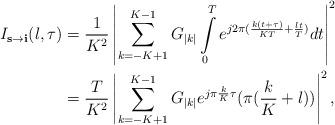
LaTeX: \begin{align*}I_{\textbf{s}\rightarrow\textbf{i}}(l,\tau) &= \frac{1}{K^2}\left|\sum\limits_{k=-K+1}^{K-1}G_{|k|} \int\limits_0^T e^{j2\pi(\frac{k(t+\tau)}{KT}+\frac{l t}{T})}dt\right|^2\\ &= \frac{T}{K^2}\left|\sum\limits_{k=-K+1}^{K-1}G_{|k|}e^{j\pi\frac{k}{K}\tau}(\pi(\frac{k}{K}+l)) \right|^2,\end{align*}